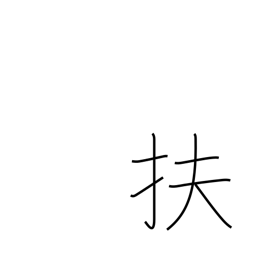
Meaning: aid